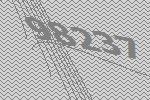
98237